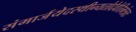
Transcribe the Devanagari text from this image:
संमार्जयेदस्थीन्यतोदेवेतिमंत्रतः